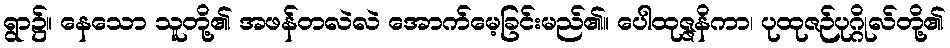
ရွာ၌။ နေသော သူတို့၏ အဖန်တလဲလဲ အောက်မေ့ခြင်းမည်၏။ ပေါထုဇ္ဇနိကာ၊ ပုထုဇဉ်ပုဂ္ဂိုလ်တို့၏